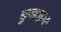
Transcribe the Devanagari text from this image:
कुलक्षण